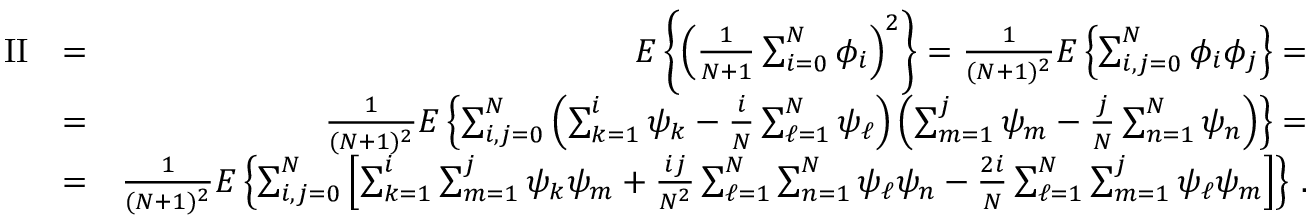
\begin{array} { r l r } { \mathrm { I I } } & { = } & { E \left\{ \left( { \frac { 1 } { N + 1 } } \sum _ { i = 0 } ^ { N } \phi _ { i } \right) ^ { 2 } \right\} = { \frac { 1 } { ( N + 1 ) ^ { 2 } } } E \left\{ \sum _ { i , j = 0 } ^ { N } \phi _ { i } \phi _ { j } \right\} = } \\ & { = } & { { \frac { 1 } { ( N + 1 ) ^ { 2 } } } E \left\{ \sum _ { i , j = 0 } ^ { N } \left( \sum _ { k = 1 } ^ { i } \psi _ { k } - { \frac { i } { N } } \sum _ { \ell = 1 } ^ { N } \psi _ { \ell } \right) \left( \sum _ { m = 1 } ^ { j } \psi _ { m } - { \frac { j } { N } } \sum _ { n = 1 } ^ { N } \psi _ { n } \right) \right\} = } \\ & { = } & { { \frac { 1 } { ( N + 1 ) ^ { 2 } } } E \left\{ \sum _ { i , j = 0 } ^ { N } \left[ \sum _ { k = 1 } ^ { i } \sum _ { m = 1 } ^ { j } \psi _ { k } \psi _ { m } + { \frac { i j } { N ^ { 2 } } } \sum _ { \ell = 1 } ^ { N } \sum _ { n = 1 } ^ { N } \psi _ { \ell } \psi _ { n } - { \frac { 2 i } { N } } \sum _ { \ell = 1 } ^ { N } \sum _ { m = 1 } ^ { j } \psi _ { \ell } \psi _ { m } \right] \right\} \, . } \end{array}